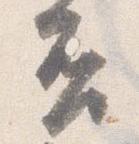
否